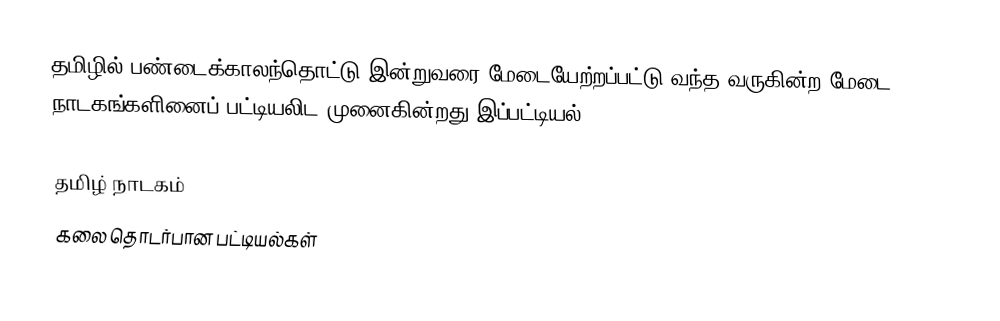
தமிழில் பண்டைக்காலந்தொட்டு இன்றுவரை மேடையேற்றப்பட்டு வந்த வருகின்ற மேடை நாடகங்களினைப் பட்டியலிட முனைகின்றது இப்பட்டியல்.

தமிழ் நாடகம்
கலை தொடர்பான பட்டியல்கள்